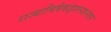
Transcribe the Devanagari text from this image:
राज्याभिषेकझाल्यानंतर